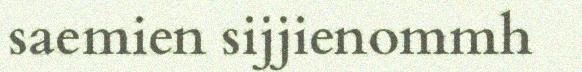
saemien sijjienommh